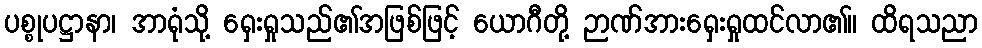
ပစ္စုပဋ္ဌာနာ၊ အာရုံသို့ ရှေးရှုသည်၏အဖြစ်ဖြင့် ယောဂီတို့ ဉာဏ်အားရှေးရှုထင်လာ၏။ ထိရသညာ